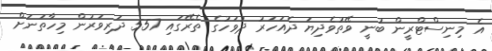
އެ މިނިސްޓްރީން ބުނީ ވޭތުވެދިޔަ ދެއަހަރު ދުވަހުގެ ތެރޭގައި 557 ދަރިވަރުން މިހާތަނަށް